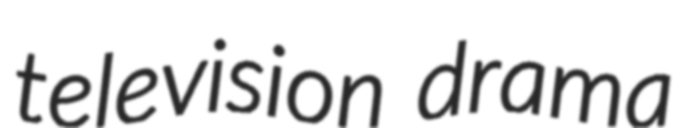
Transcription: television drama